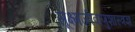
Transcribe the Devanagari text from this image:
सूक्ष्मजीवाणुशास्त्रज्ञ